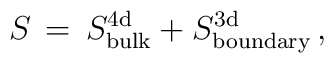
S \, = \, S^{\rm 4d}_{\rm bulk}+ S^{\rm 3d}_{\rm boundary} \, ,